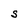
Character: S